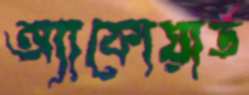
অ্যাকোয়ার্ড